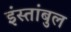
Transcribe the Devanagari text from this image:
इंस्तांबुल